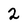
Character: 2